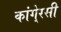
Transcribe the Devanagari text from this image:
कांगे्रसी